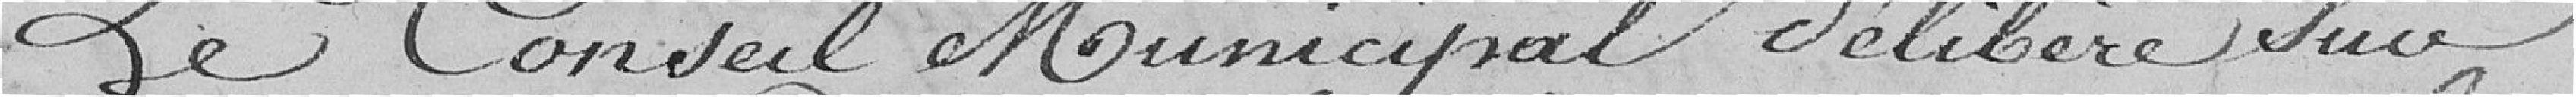
Le Conseil Municipal délibère sur